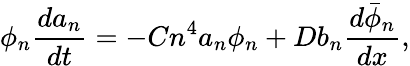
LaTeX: \phi_{n}\frac{da_{n}}{dt}=-Cn^{4}a_{n}\phi_{n}+Db_{n}\frac{d\bar{\phi}_{n}}{dx},